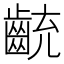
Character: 𪗯